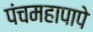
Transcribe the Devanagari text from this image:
पंचमहापापे